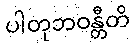
ပါတုဘဝန္တီတိ